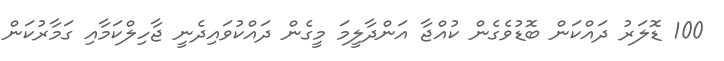
100 ޑޮލަރު ދައްކަން ބޮޑުވެގެން ކުއްޖާ އަންދާލީމަ މީގެން ދައްކުވައިދެނީ ޖާހިލްކަމާއި ގަމާރުކަން